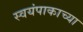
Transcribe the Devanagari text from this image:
स्वयंपाकाच्या